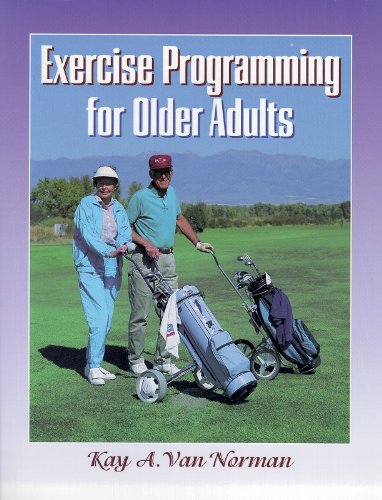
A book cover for Exercise Programming for Older Adults; Kay Van Norman; Health, Fitness & Dieting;